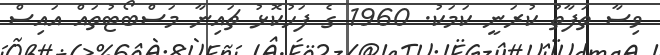
ވިސާ ތަފާތު ކުރަނީ ކަމަކު. 1960 ގެ ފަހުކޮޅު ޗައިނާ މަސްބޯޓުތައް އައިސް